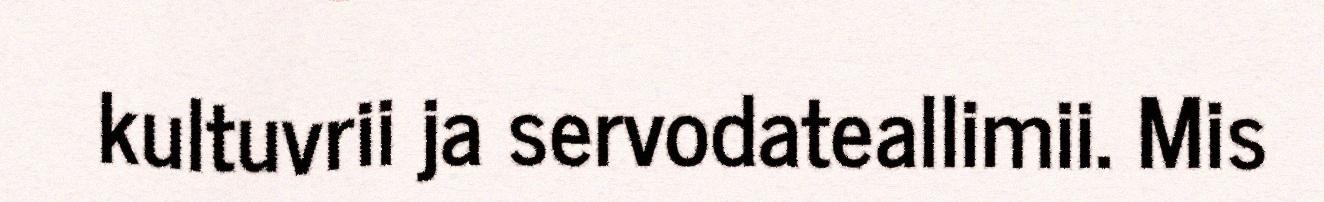
kultuvrii ja servodateallimii. Mis